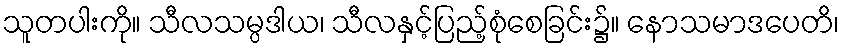
သူတပါးကို။ သီလသမ္ပဒါယ၊ သီလနှင့်ပြည့်စုံစေခြင်း၌။ နောသမာဒပေတိ၊